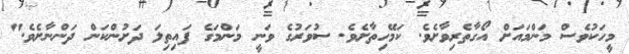
މީހަކުވެސް މަންމައަށް އޯގާތެރިވާށެވެ. ކަމޭހިތާށެވެ. ސުވަރުގެ ވަނީ މަންމަގެ ފައިތިލަ ދަށުންކަން ދަންނާށެވެ."